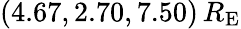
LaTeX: (4.67,2.70,7.50)\, R_{\mathrm{E}}